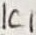
Text: IC1